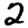
Digit: 2